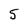
Character: 5